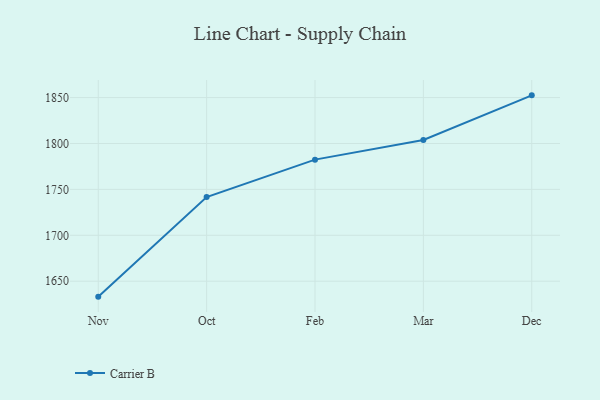
{"axis": {"x": "Month", "y": "Customer Acquisition Cost (USD)"}, "legend": ["Carrier B"], "data": [{"x": "Nov", "y": 1633.2, "type": "Carrier B"}, {"x": "Oct", "y": 1741.7, "type": "Carrier B"}, {"x": "Feb", "y": 1782.4, "type": "Carrier B"}, {"x": "Mar", "y": 1803.8, "type": "Carrier B"}, {"x": "Dec", "y": 1852.4, "type": "Carrier B"}]}